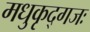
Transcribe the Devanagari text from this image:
मधुकृद्गजः